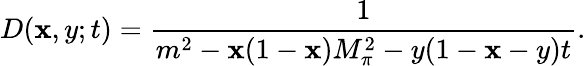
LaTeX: D(\mathbf{x},y;t)=\frac{{1}}{{m^{2}-\mathbf{x}(1-\mathbf{x})M_{\pi}^{2}-y(1-\mathbf{x}-y)t}}.